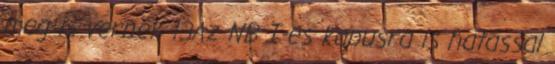
meg is vernék 13Az NB I-es kapusra is hatással